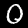
Label: 0